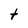
Character: t